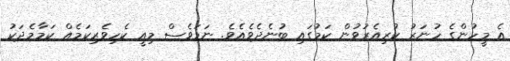
އެ މީހުންގެ ހުނަރު ކުރިއެރުވުން ކަމުގައި ބުނެދެވެއެވެ. ނަމަވެސް މިއީ ކެހިވެރިކަމެއް ކަމާމެދަކު